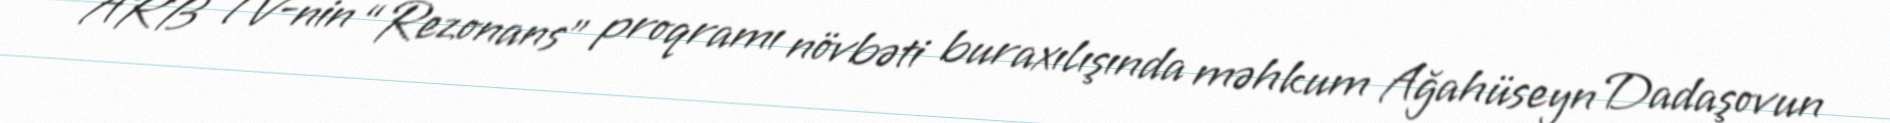
ARB TV-nin “Rezonans” proqramı növbəti buraxılışında məhkum Ağahüseyn Dadaşovun